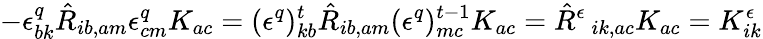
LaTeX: -\epsilon_{bk}^{q}\hat{R}_{ib,am}\epsilon_{cm}^{q}K_{ac}=(\epsilon^{q})_{kb}^{t}\hat{R}_{ib,am}(\epsilon^{q})_{mc}^{t-1}K_{ac}=\hat{R}^{\epsilon}\, _{ik,ac}K_{ac}=K_{ik}^{\epsilon}